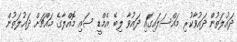
ދައުލަތުން ދައުވާކުރި މައްސަލައިގައި ދައުވާ ލިބޭ އެމްޑީ ސައި މޮއްލާގެ މައްޗަށް ދައުލަތުން